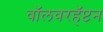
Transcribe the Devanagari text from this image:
वॉलवरहॅप्टन